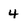
Character: 4